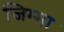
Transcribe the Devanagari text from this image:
जिम्‍मा